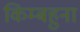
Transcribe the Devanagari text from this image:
किम्बहुना